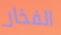
الفخار